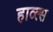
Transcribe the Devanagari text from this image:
हाव्ल्स